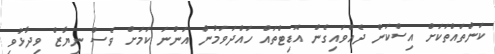
ކަންތައްތަކަށް އިސްކަން ދެއްވައިގެން އޮޑިޓްތައް ހައްދަވަމުން އަންނަ ކަމަށް ވެސް ނިޔާޒް ވިދާޅުވި